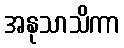
အနုသာသိကာ